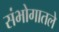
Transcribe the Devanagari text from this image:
संभोगातले